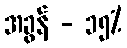
အခွန် - ၁၅%